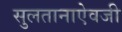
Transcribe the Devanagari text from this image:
सुलतानाऐवजी